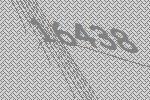
16438